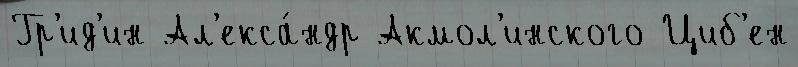
Гр'ид'ин Ал'екса́ндр Акмол'инского Циб'ен